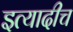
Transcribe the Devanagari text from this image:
इत्यादीच